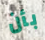
بأن